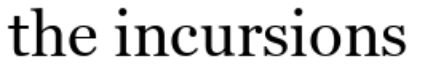
the incursions